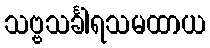
သဗ္ဗသင်္ခါရသမထာယ